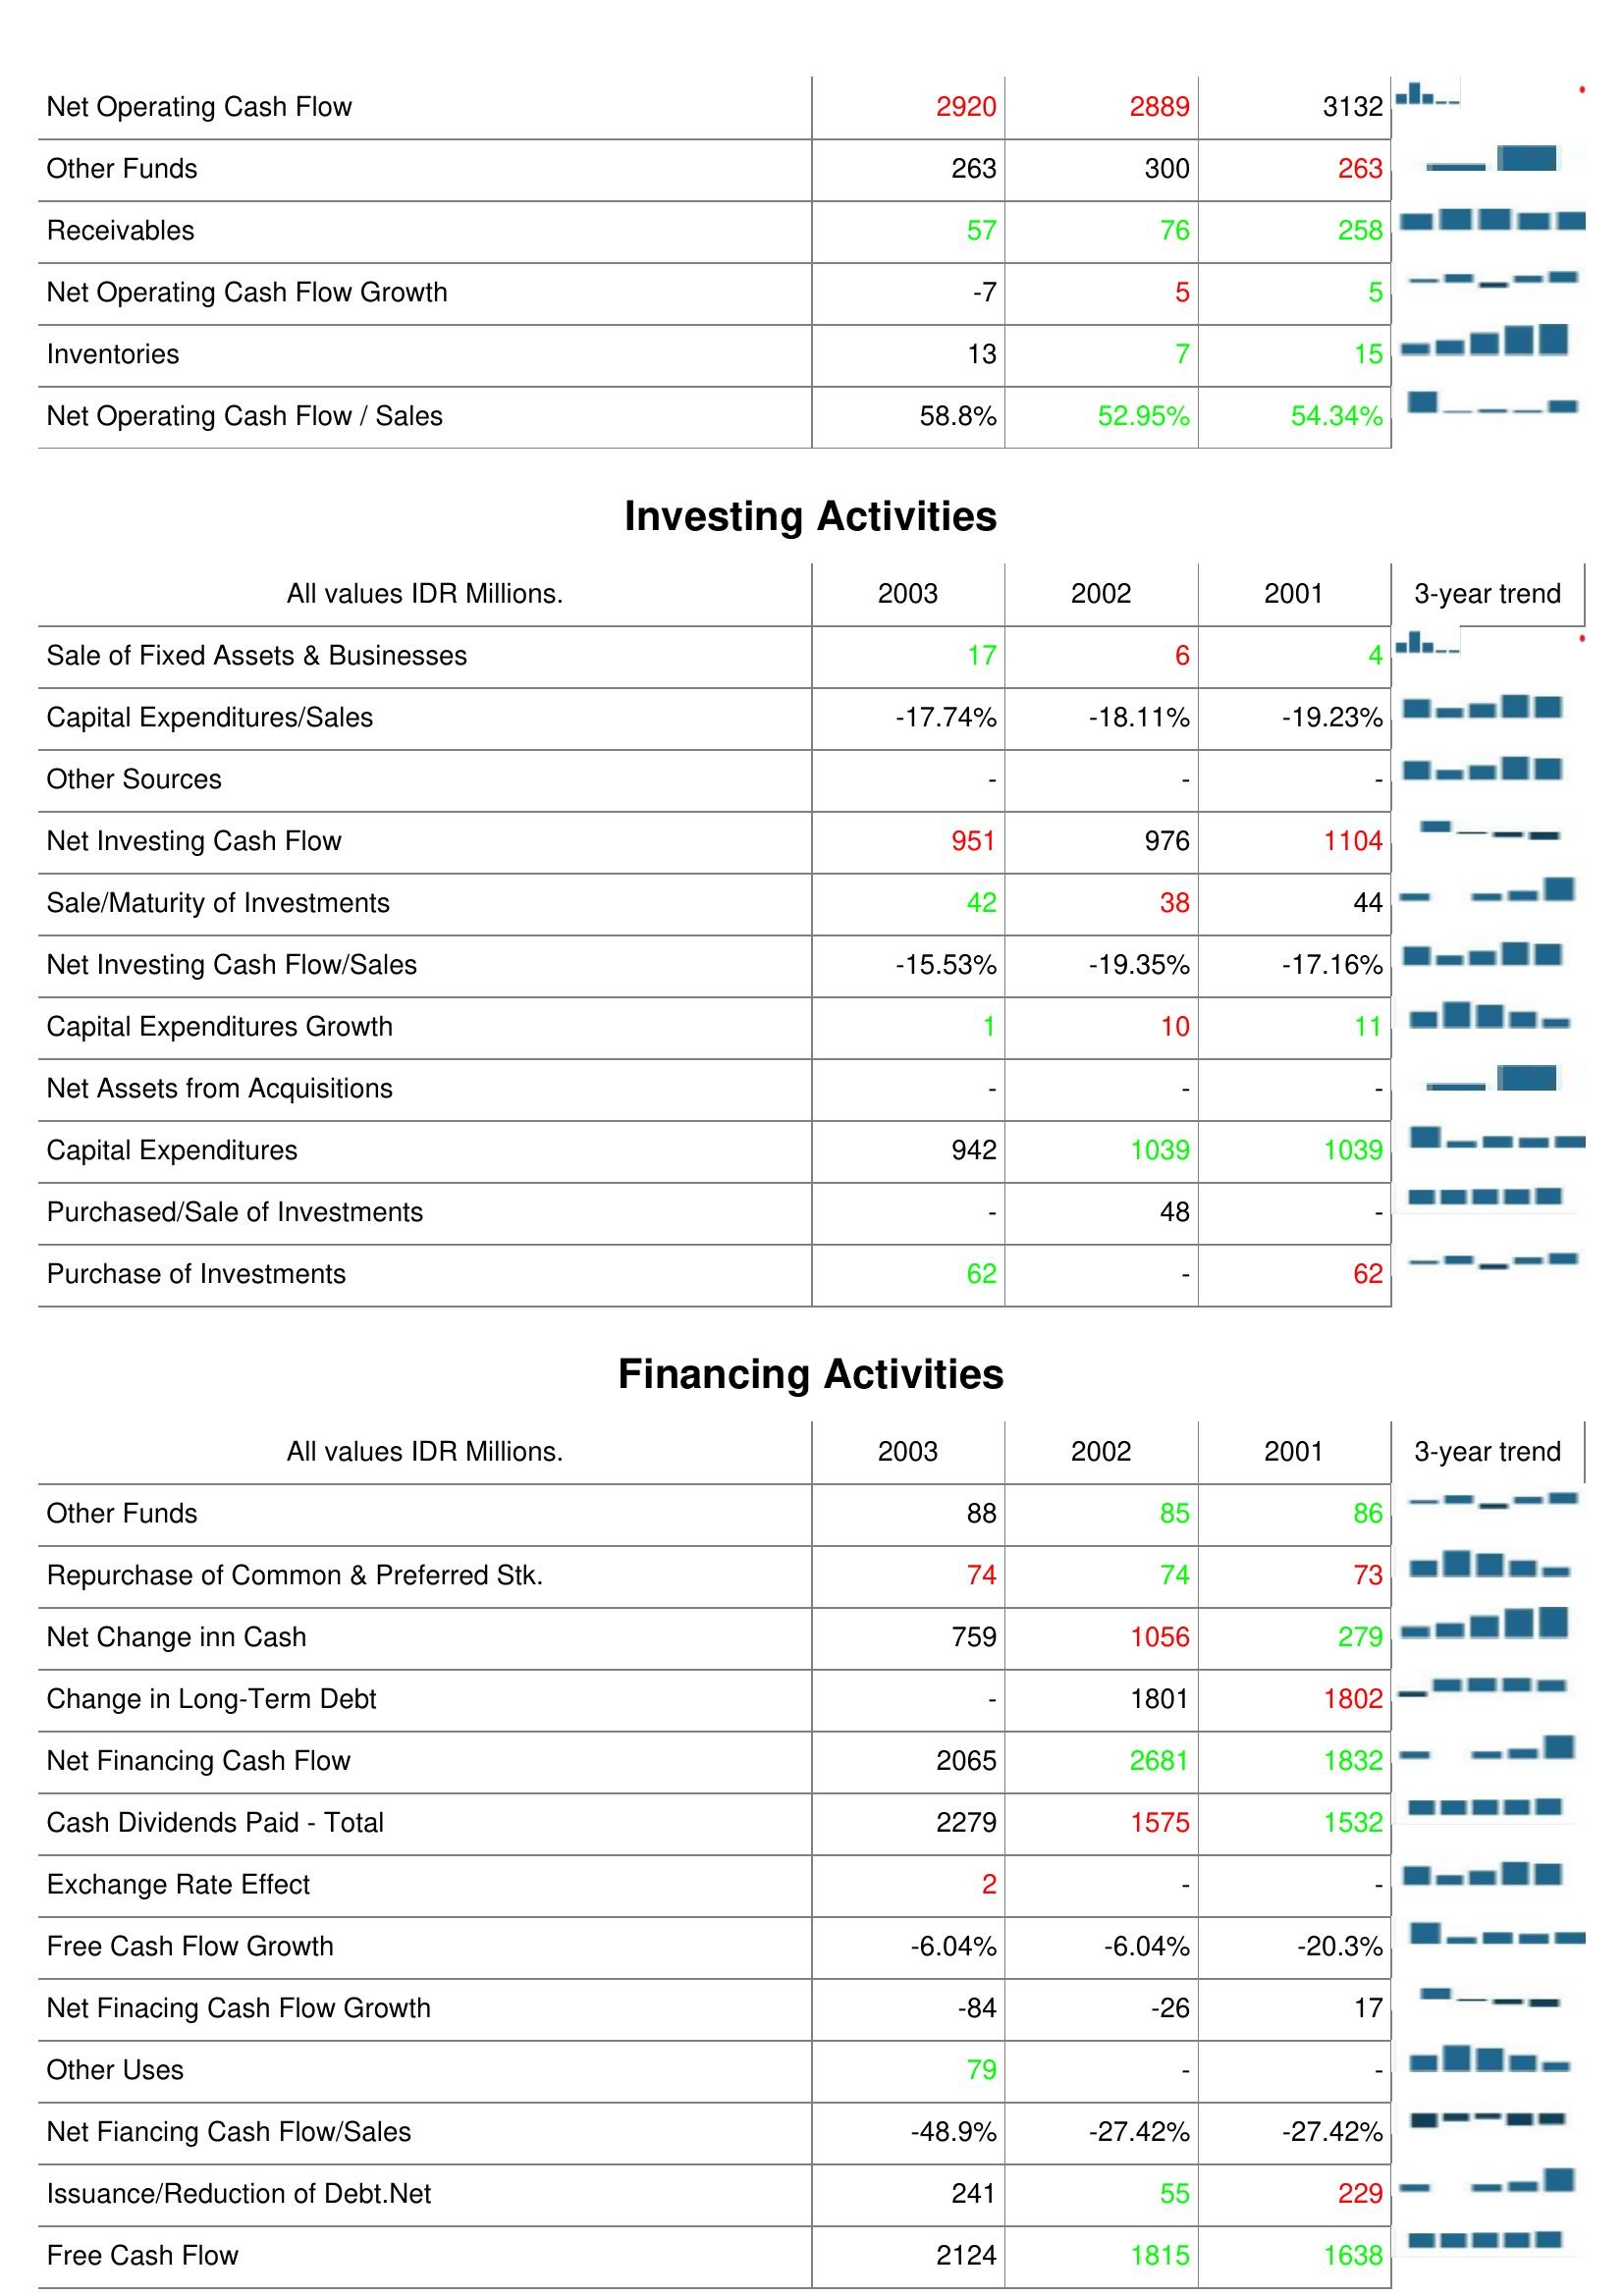
2003: Operating Activities: Net Operating Cash Flow: 2920
Other Funds: 263
Receivables: 57
Net Operating Cash Flow Growth: -7
Inventories: 13
Net Operating Cash Flow / Sales: 58.8%
Investing Activities: Sale of Fixed Assets & Businesses: 17
Capital Expenditures/Sales: -17.74%
Other Sources: -
Net Investing Cash Flow: 951
Sale/Maturity of Investments: 42
Net Investing Cash Flow/Sales: -15.53%
Capital Expenditures Growth: 1
Net Assets from Acquisitions: -
Capital Expenditures: 942
Purchased/Sale of Investments: -
Purchase of Investments: 62
Financing Activities: Other Funds: 88
Repurchase of Common & Preferred Stk.: 74
Net Change inn Cash: 759
Change in Long-Term Debt: -
Net Financing Cash Flow: 2065
Cash Dividends Paid - Total: 2279
Exchange Rate Effect: 2
Free Cash Flow Growth: -6.04%
Net Finacing Cash Flow Growth: -84
Other Uses: 79
Net Fiancing Cash Flow/Sales: -48.9%
Issuance/Reduction of Debt.Net: 241
Free Cash Flow: 2124
2002: Operating Activities: Net Operating Cash Flow: 2889
Other Funds: 300
Receivables: 76
Net Operating Cash Flow Growth: 5
Inventories: 7
Net Operating Cash Flow / Sales: 52.95%
Investing Activities: Sale of Fixed Assets & Businesses: 6
Capital Expenditures/Sales: -18.11%
Other Sources: -
Net Investing Cash Flow: 976
Sale/Maturity of Investments: 38
Net Investing Cash Flow/Sales: -19.35%
Capital Expenditures Growth: 10
Net Assets from Acquisitions: -
Capital Expenditures: 1039
Purchased/Sale of Investments: 48
Purchase of Investments: -
Financing Activities: Other Funds: 85
Repurchase of Common & Preferred Stk.: 74
Net Change inn Cash: 1056
Change in Long-Term Debt: 1801
Net Financing Cash Flow: 2681
Cash Dividends Paid - Total: 1575
Exchange Rate Effect: -
Free Cash Flow Growth: -6.04%
Net Finacing Cash Flow Growth: -26
Other Uses: -
Net Fiancing Cash Flow/Sales: -27.42%
Issuance/Reduction of Debt.Net: 55
Free Cash Flow: 1815
2001: Operating Activities: Net Operating Cash Flow: 3132
Other Funds: 263
Receivables: 258
Net Operating Cash Flow Growth: 5
Inventories: 15
Net Operating Cash Flow / Sales: 54.34%
Investing Activities: Sale of Fixed Assets & Businesses: 4
Capital Expenditures/Sales: -19.23%
Other Sources: -
Net Investing Cash Flow: 1104
Sale/Maturity of Investments: 44
Net Investing Cash Flow/Sales: -17.16%
Capital Expenditures Growth: 11
Net Assets from Acquisitions: -
Capital Expenditures: 1039
Purchased/Sale of Investments: -
Purchase of Investments: 62
Financing Activities: Other Funds: 86
Repurchase of Common & Preferred Stk.: 73
Net Change inn Cash: 279
Change in Long-Term Debt: 1802
Net Financing Cash Flow: 1832
Cash Dividends Paid - Total: 1532
Exchange Rate Effect: -
Free Cash Flow Growth: -20.3%
Net Finacing Cash Flow Growth: 17
Other Uses: -
Net Fiancing Cash Flow/Sales: -27.42%
Issuance/Reduction of Debt.Net: 229
Free Cash Flow: 1638